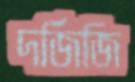
দর্জিজি